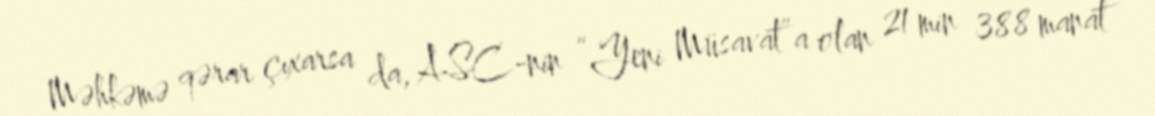
Məhkəmə qərar çıxarsa da, ASC-nin “Yeni Müsavat”a olan 21 min 388 manat